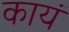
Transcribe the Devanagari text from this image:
कायं